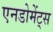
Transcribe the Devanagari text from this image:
एनडोमेंट्स